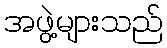
အဖွဲ့များသည်